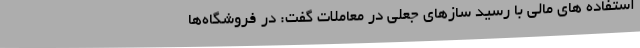
‌استفاده های مالی با رسید سازهای جعلی در معاملات گفت: در فروشگاه‌ها